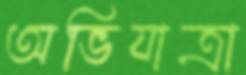
অভিযাত্রা